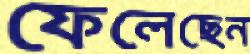
ফেলেছেন